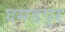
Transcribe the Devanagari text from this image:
घमंडपुर